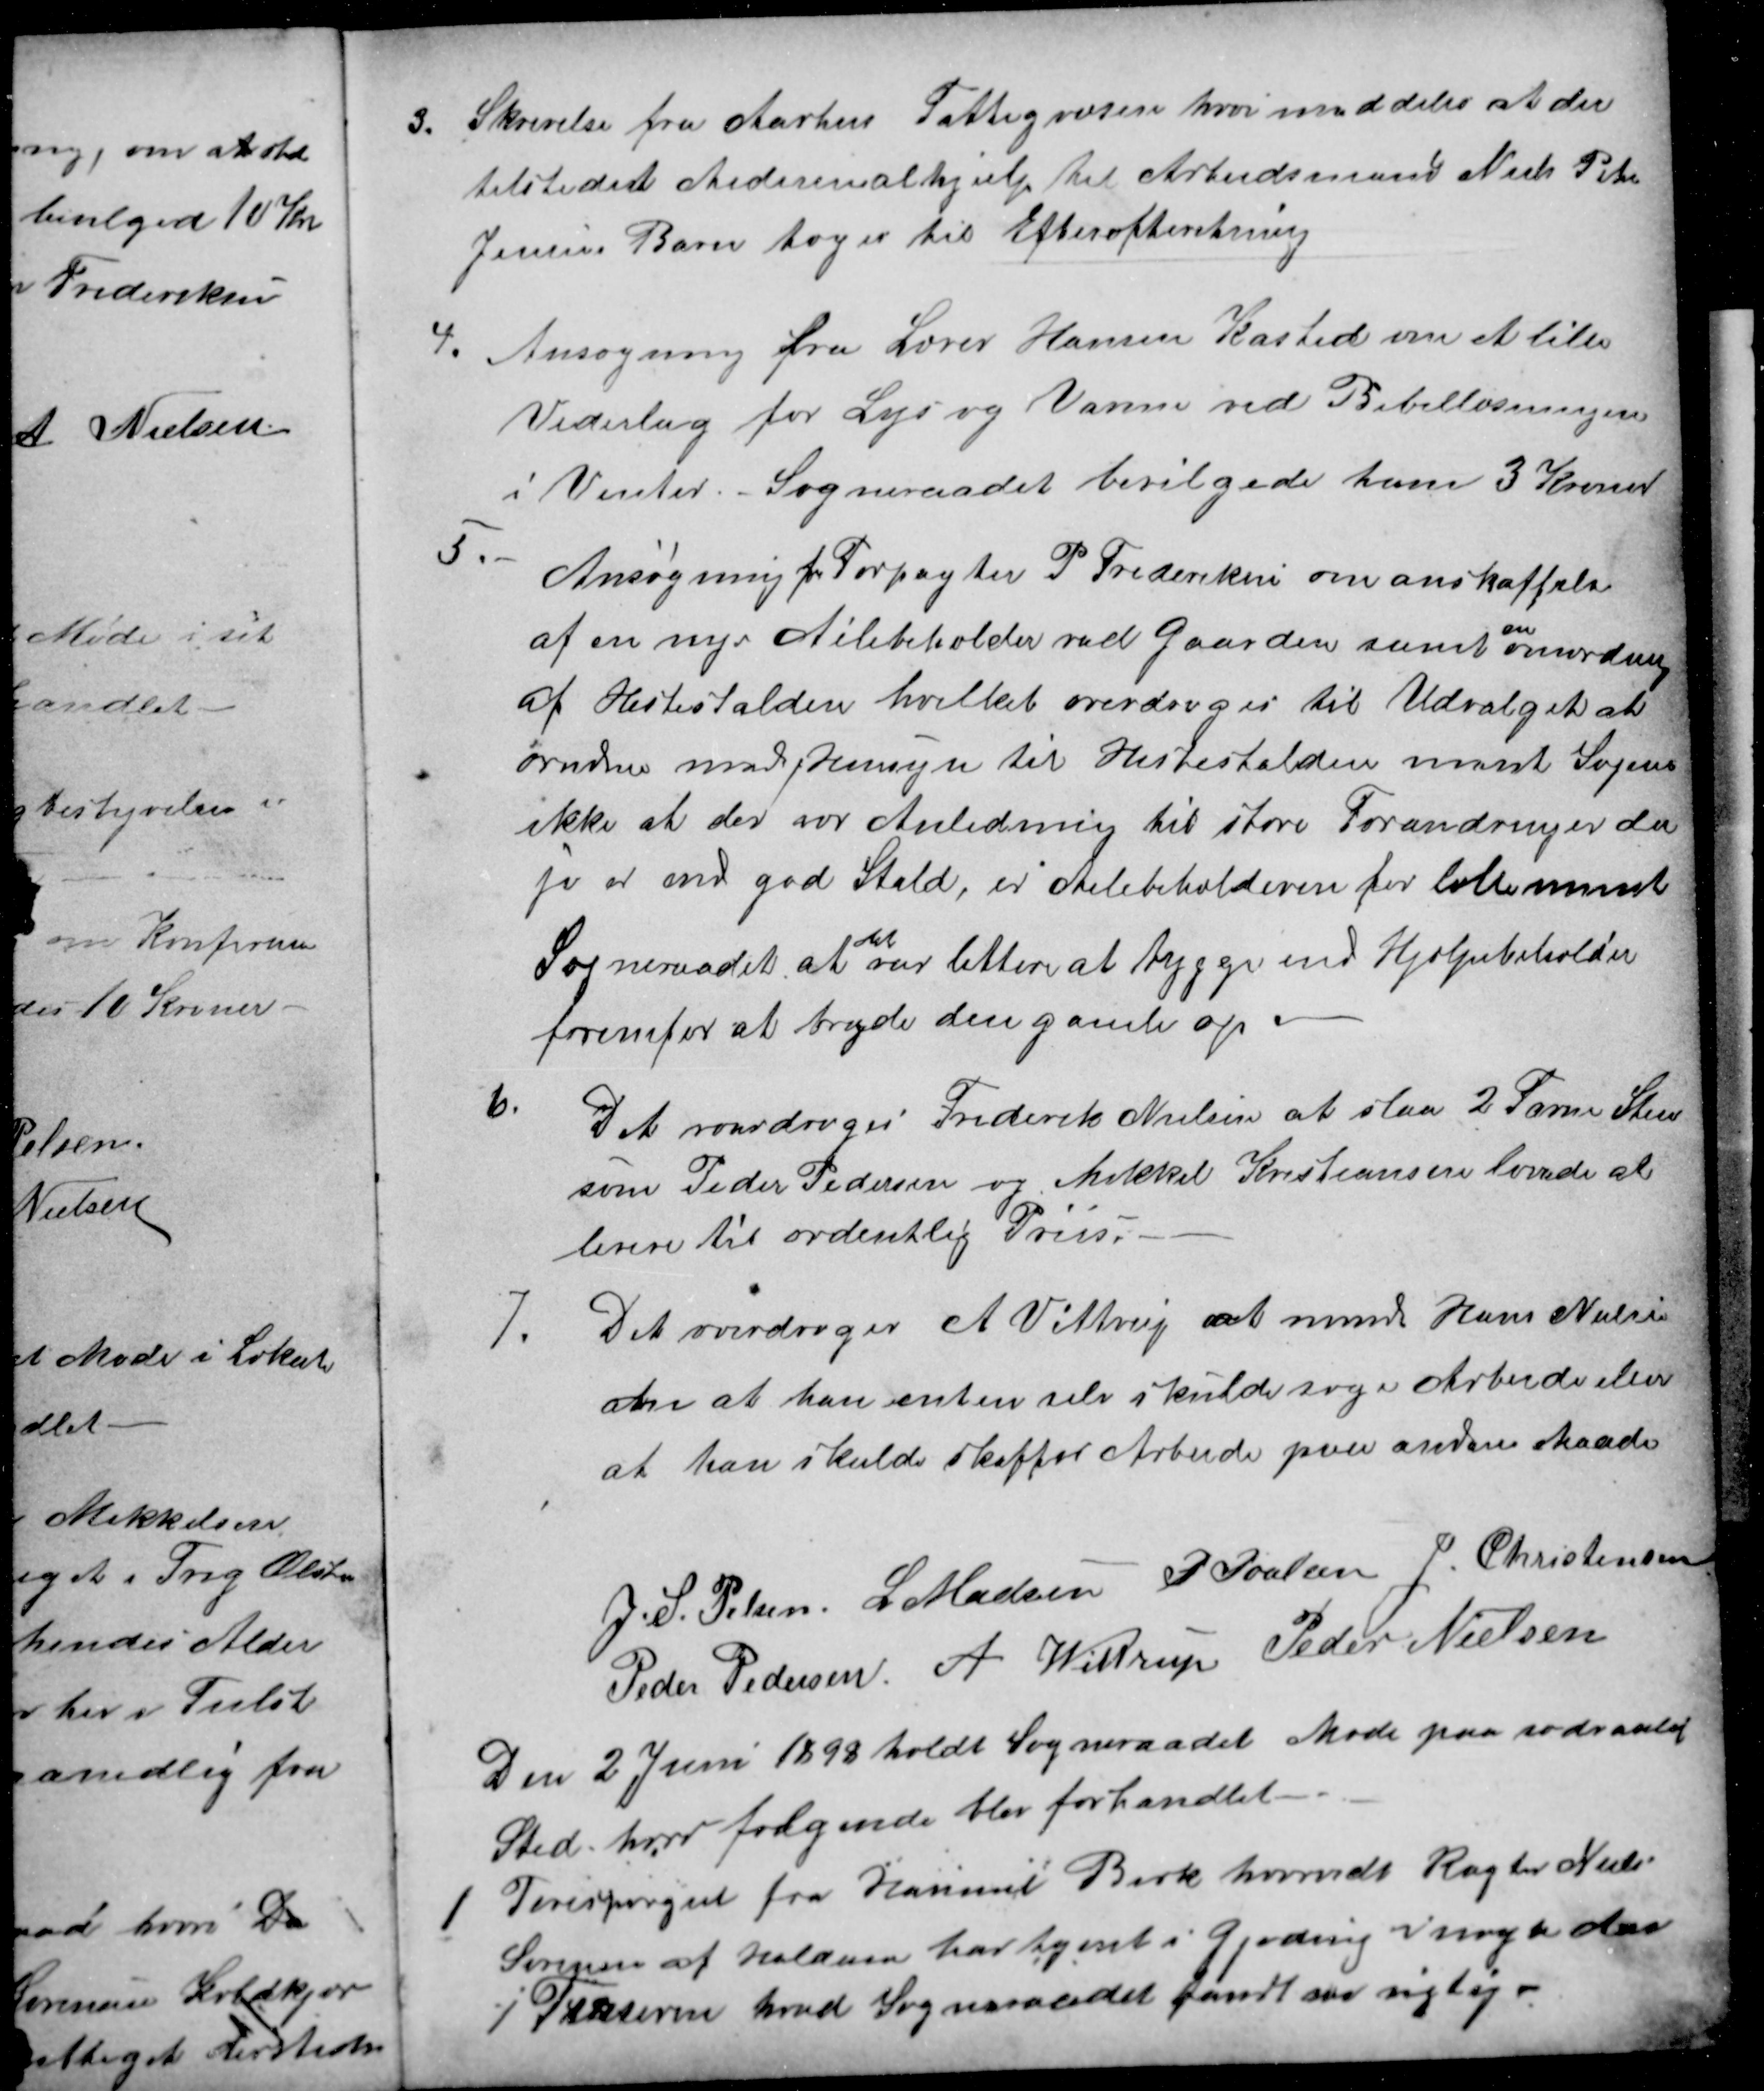
Transskription:
3.
Skrivelse fra Aarhus Fattigvæsen hvori meddeles at der
tilstedet Medicinalhjelp til Arbeidsmand Niels Peter
Jensens Barn toges til Efterefterretning
4.
Ansøgning fra Lærer Hansen Kasted om et lille
Vederlag for Lys og Varme ved Bibellæsningen
i Vinter. Sogneraadet bevilgede ham 3 Kroner
5.
Ansøgning for Forpagter P. Frederiksen om anskaffelse
af en nye Ailebeholder ved Gaarden samt 
en
omordning
af Hestestalden hvilket overdroges til Udvalget at
orndne med Hensyn til Hestestalden ment Sogens
ikke at der var Anledning til store Forandringer der
jo er end god Stald, er Ailebeholderen for lille ment
Sogneraadet at 
det
var lettere at bygge end Hjælpebeholder
foremfor at bryde den gamle op
6.
Det overdroges Frederik Nielsen at slaa 2 Favne Sten
som Peder Pedersen og Mikkel Kristiansen lovede at
levere til ordentlig Priis.
7.
 Det overdroges A Vittrup at minde Hans Nielsen
om at han enten selv skulde søge Arbeide eller
at han skulde skaffes Arbeide paa anden Maade
J. S. Pelsen.
L Madsen
P. Poulsen
J. Christensen
Peder Pedersen
A. Wittrup
Peder Nielsen
Den 2 Juni 1898 holdt Sogneraadet Møde paa sædvanlig
Sted, hvor følgende blev forhandlet
1
Forespørgsel fra Hammel Birk hvorvidt Røgter Niels
Sørensen af Haldum har tjent i Gjeding nogle Aar
i Firserne hvad Sogneraadet fandt var rigtig